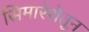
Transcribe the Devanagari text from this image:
सिमारेशेतून